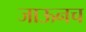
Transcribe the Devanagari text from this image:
जाऊनच